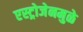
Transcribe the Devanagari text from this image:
एस्ट्रोजेनमुळे